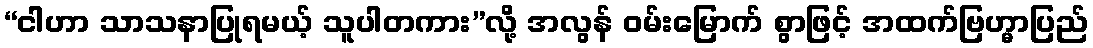
“ငါဟာ သာသနာပြုရမယ့် သူပါတကား”လို့ အလွန် ဝမ်းမြောက် စွာဖြင့် အထက်ဗြဟ္မာပြည်